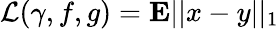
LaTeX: \mathcal{L}(\gamma,f,g)={\mathbf{E}}||x-y||_{1}